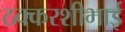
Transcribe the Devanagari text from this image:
ठक्करशीभाई